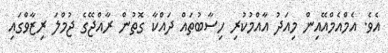
އެވެ. އެމްއެމްއޭއިން މިއަދު އާއްމުކުރި ހިސާބުތައް ދައްކާ ގޮތުން ރާއްޖޭގެ ޖުމްލަ ރިޒާވްގައި